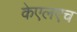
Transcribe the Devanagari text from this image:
केएलएच